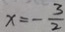
x = - \frac { 3 } { 2 }